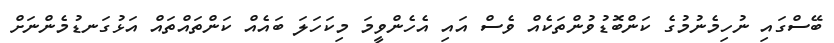
ބޭސްގައި ނުހިމެނުމުގެ ކަންބޮޑުވުންތަކެއް ވެސް އައި އެހެންވީމަ މިކަހަލަ ބައެއް ކަންތައްތައް އަޅުގަނޑުމެންނަށް